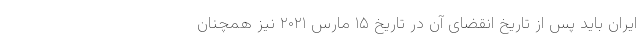
ایران باید پس از تاریخ انقضای آن در تاریخ ۱۵ مارس ۲۰۲۱ نیز همچنان